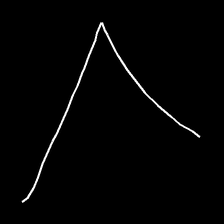
Glyph: region